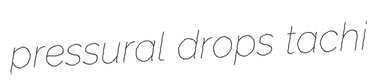
pressural drops tachi